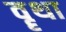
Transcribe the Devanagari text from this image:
वॄथा